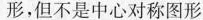
形，但不是中心对称图形。